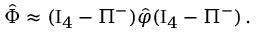
\hat { \Phi } \approx ( \mathrm { I } _ { 4 } - \Pi ^ { - } ) \hat { \varphi } ( \mathrm { I } _ { 4 } - \Pi ^ { - } ) \, .